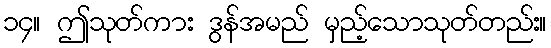
၁၄။ ဤသုတ်ကား ဒွန်အမည် မှည့်သောသုတ်တည်း။